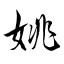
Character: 姚